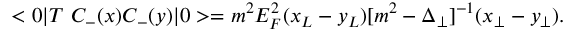
< 0 | T \ C _ { - } ( x ) C _ { - } ( y ) | 0 > = m ^ { 2 } E _ { F } ^ { 2 } ( x _ { L } - y _ { L } ) [ m ^ { 2 } - \Delta _ { \perp } ] ^ { - 1 } ( x _ { \perp } - y _ { \perp } ) .